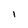
Character: I